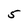
Character: 5